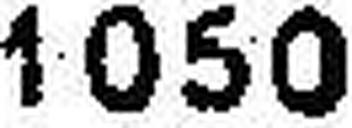
1050